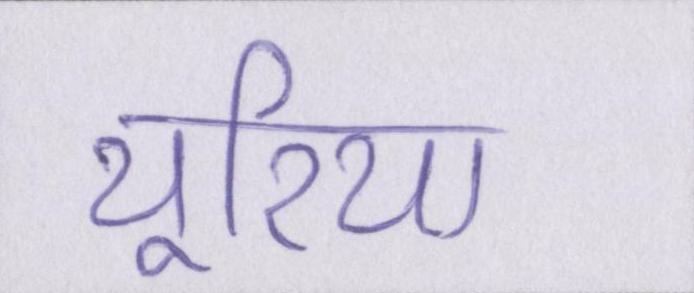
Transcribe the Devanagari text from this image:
यूरिया